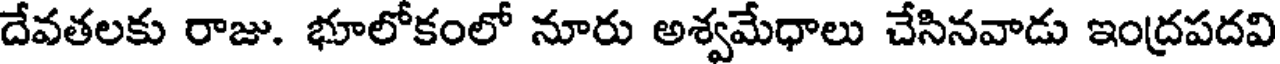
దేవతలకు రాజు. భూలోకంలో నూరు అశ్వమేధాలు చేసినవాడు ఇంద్రపదవి